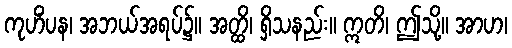
ကုဟိံပန၊ အဘယ်အရပ်၌။ အတ္ထိ၊ ရှိသနည်း။ ဣတိ၊ ဤသို့။ အာဟ၊